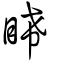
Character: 睎